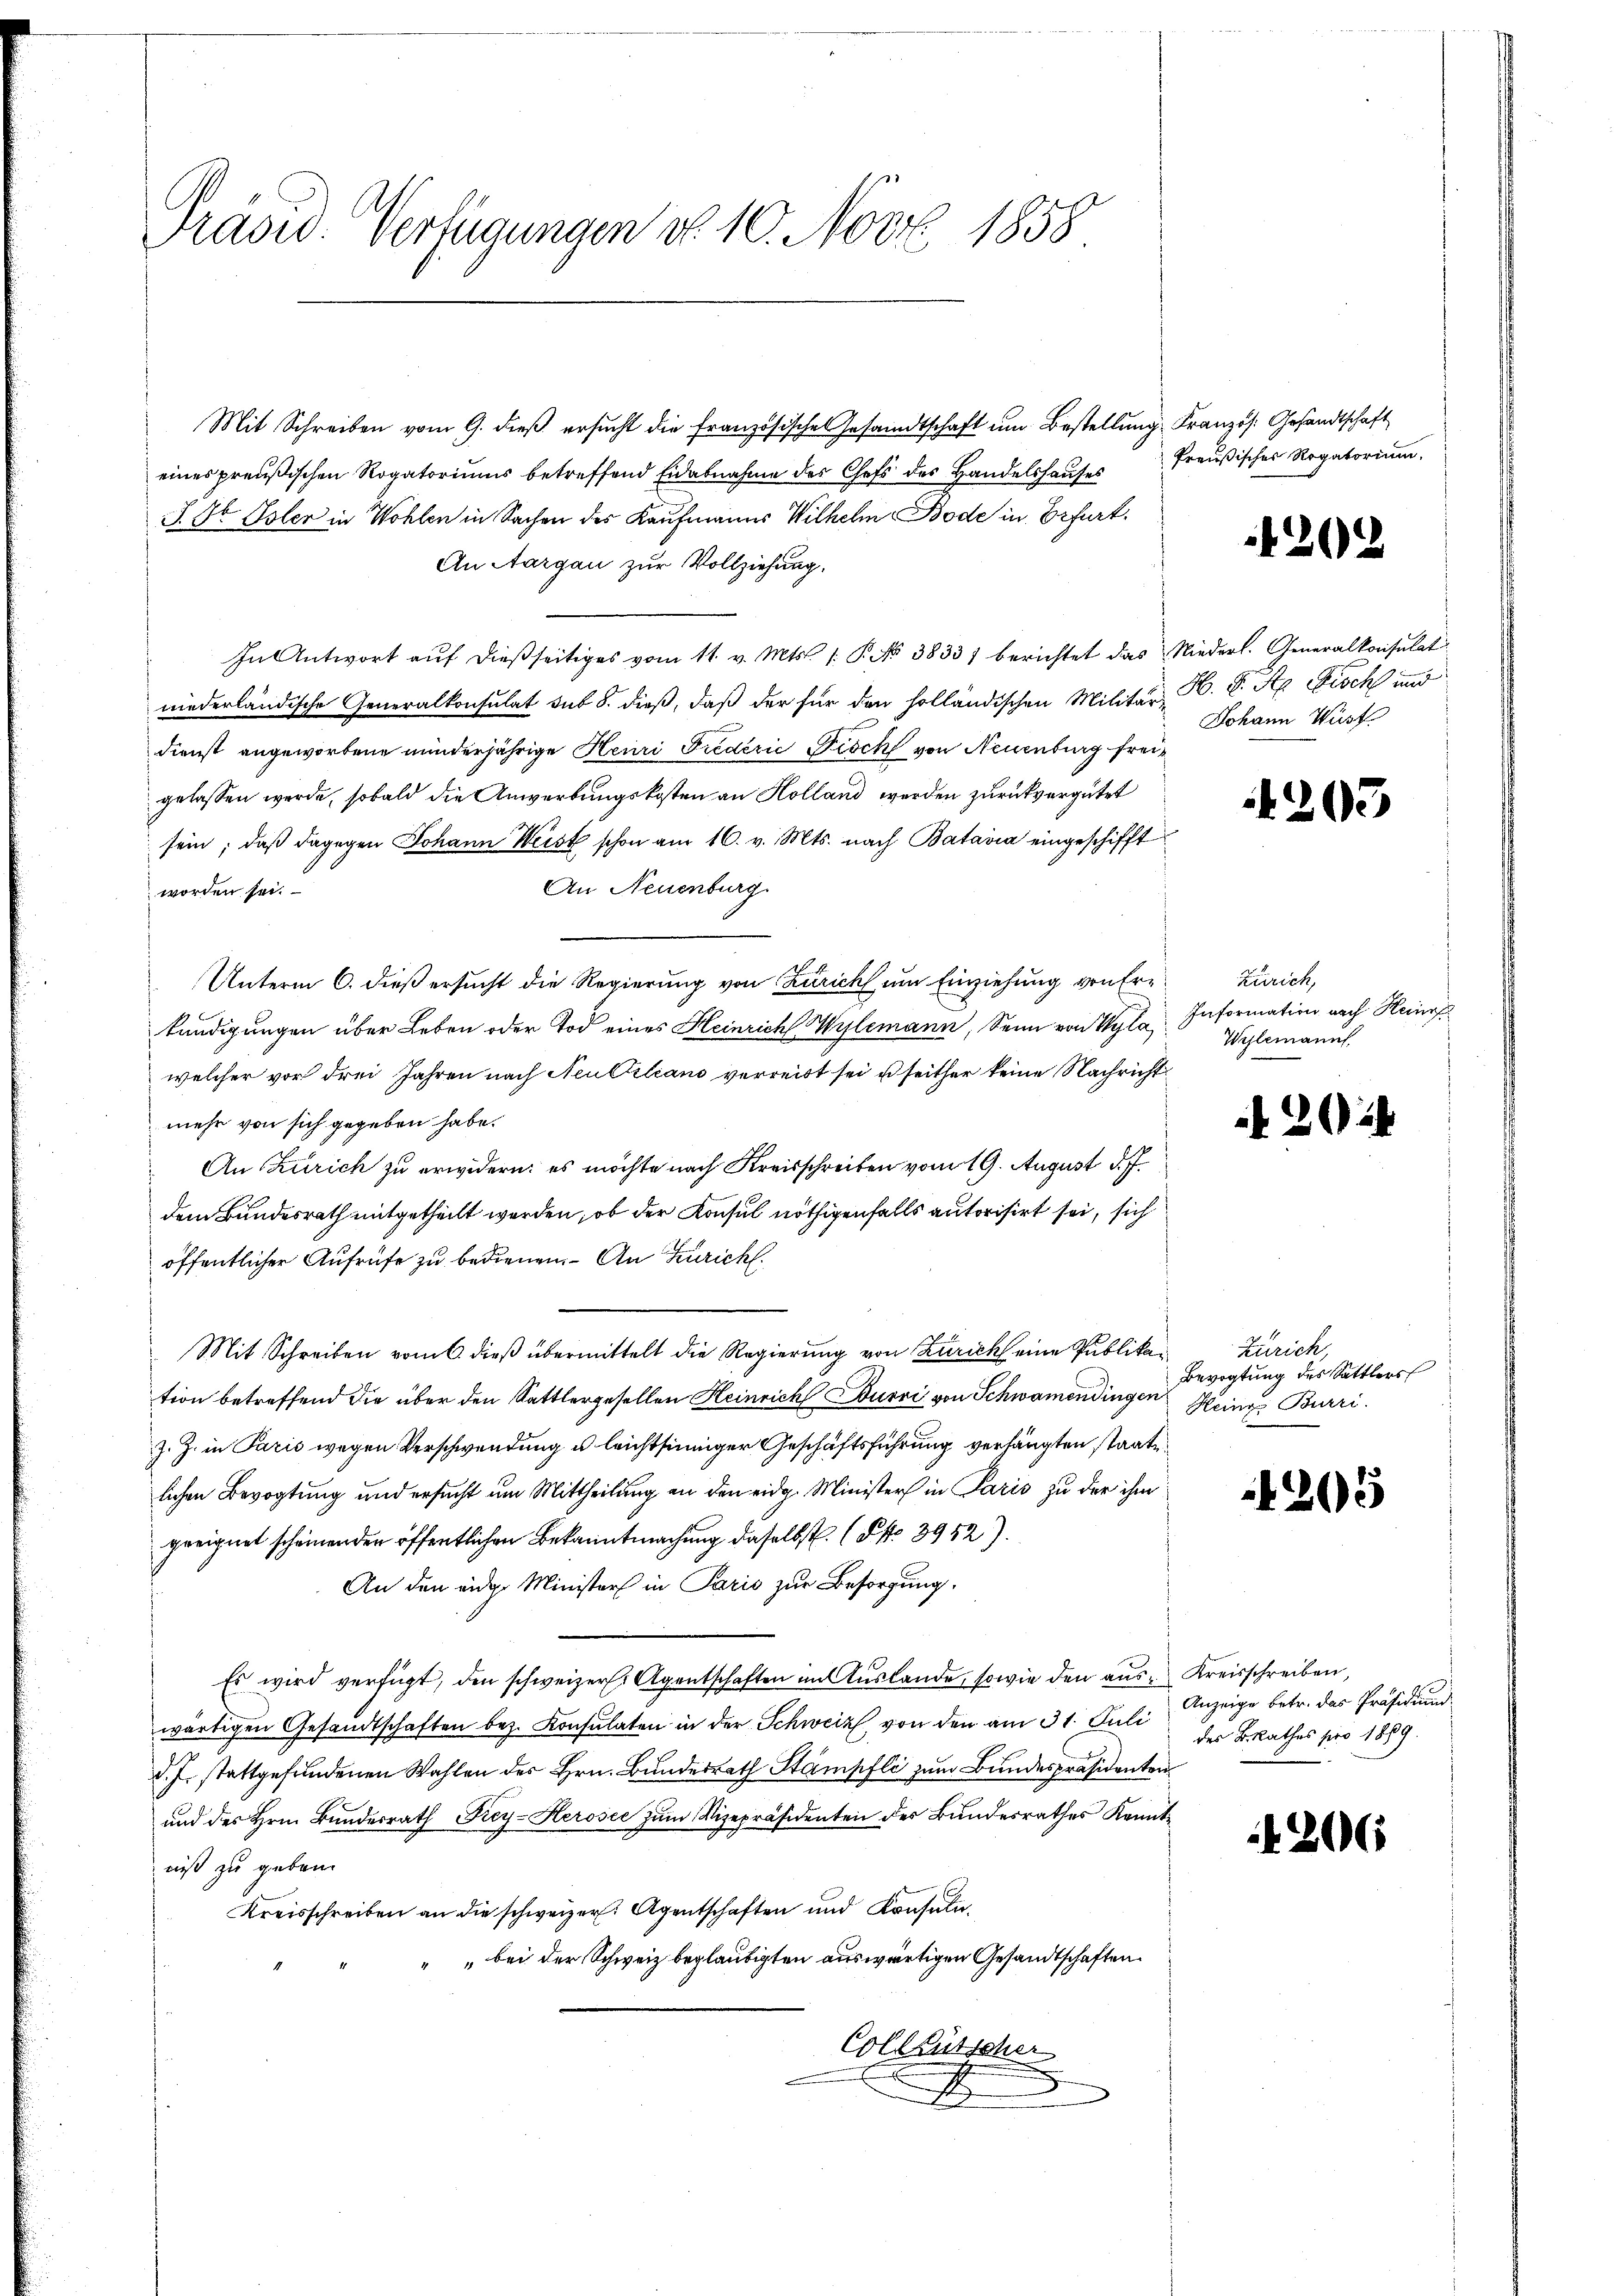
Präsid. Verfügungen d. 10. Nov. 1858

Mit Schreiben vom 9. dieß ersucht die Französischen Gesandtschaft um Bestellung Französ. Gesandtschaft
eines preußischen Rogatoriŭms betreffend Eidabnahme des Chefs des Handelshaŭses freŭβisches Rogatorium.
J. St. Isler in Wohlen in Sachen des Kaufmanns Wilhelm Bode in Erfurt.
An Aargau zur Vollziehung.
In Antwort aŭf dießseitiges vom 11. v. Mts. 1. P. No 3833) berichtet das Niederl. Generalkonsulat
niederländische Generalkonsulat sub 8. dieß, daß der für den holländischen Militär H. D. R. Fisch und
Dienst angeworbene minderjährige Henri Tiederić Fisch von Neuenburg freigelassen werde, sobald die Anwerbungskosten an Holland werden zurückvergütet
sein, daβ dagegen Johann Weist schon am 16. v. Mts. nach Batavia eingeschifft
An Neuenburg.
worden sei.
Unterm 6. dieß ersucht die Regierung von Zürich um Einziehung von Erkündigungen über Leben oder Tod eines Heinrich Wylemann, Senn von Wyla Information nach Heinr
welcher vor drei Jahren nach Neu Ciliano verreist sei u seither keine Nachricht
mehr von sich gegeben habe.
An Zürich zu erwidern: es möchte nach Kreisschreiben vom 19. August d
dem Bundesrath mitgetheilt werden, ob der Konsul nöthigenfalls autorisirt sei, sich
öffentlicher Aufrufe zu bedienen. An Züricht.
Mit Schreiben vom 6. dieß übermittelt die Regierung von Zürich eine Publikation betreffend die über den Sattlergesellen Heinrich Burri von Schwamendingen Seine Burri
J. Z. in Paris wegen Verschwendung u leichtsinniger Geschäftsführung verhängten staate
lichen Bevogtung und ersucht um Mittheilung an den eidg. Ministers in Paris zu der ihm
geeignet scheinenden öffentlichen Bekanntmachung daselbst. (S. 3952).
An den eidg. Ministers in Paris zur Besorgung.
Es wird verfügt, den schweizer. Agentschaften im Auslande, sowie den aus Kreisschreiben,
wärtigen Gesandtschaften bez. Konsulaten in der Schweiz, von den am 31. Juli
d.J. stattgefundenen Wahlen des Hrn. Bundesrath Stampfli zum Bundespräsidenten
und des Hrn. Bundesrath Frey-Herosec zum Vizepräsidenten der Bundesrathes Kenntniß zu geben.
Kreisschreiben an die schweizer. Agentschaften und Konsula
" bei der Schweiz beglaubigten auswärtigen Gesandtschaften.
Collensten

202

Johann Hust

203

Zürich,
Willemann,

20

Zürich,
Bevogtung des Sattlers

2

Anzeige betr. das Präsidium
des Berathes pro 1889.

1206